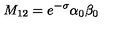
M _ { 1 2 } = e ^ { - \sigma } { \binom { \alpha _ { 0 } } { \beta _ { 0 } } }